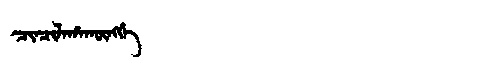
Manchu: ᠴᡳᠨᠴᡳᠯᠠᡥᠠᡴᡡᠩᡤᡝ
Romanization: CINCILAHAKŪNGGE